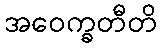
အဝေက္ခတီတိ